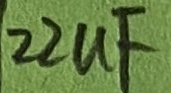
Text: 22uF